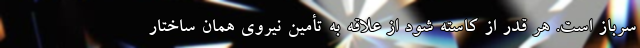
سرباز است. هر قدر از کاسته شود از علاقه به تأمین نیروی همان ساختار